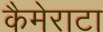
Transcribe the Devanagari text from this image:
कैमेराटा